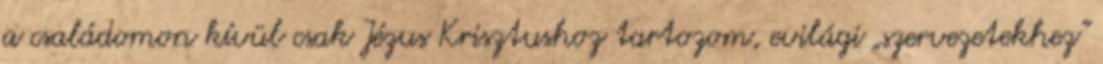
a családomon kívül csak Jézus Krisztushoz tartozom, evilági „szervezetekhez”